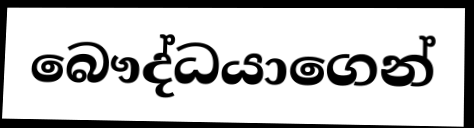
බෞද්ධයාගෙන්